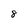
Character: 8